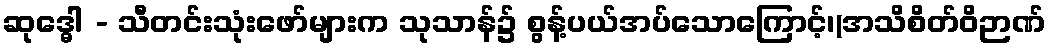
ဆုဒ္ဓေါ - သီတင်းသုံးဖော်များက သုသာန်၌ စွန့်ပယ်အပ်သောကြောင့်၊(အသိစိတ်ဝိဉာဏ်